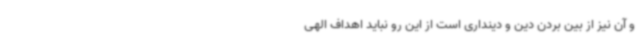
و آن نیز از بین بردن دین و دینداری است از این رو نباید اهداف الهی